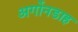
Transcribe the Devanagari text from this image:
अर्गोनडाह